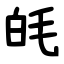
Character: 㿞